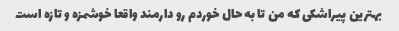
بهترین پیراشکی که من تا به حال خوردم رو دارمند واقعا خوشمزه و تازه است